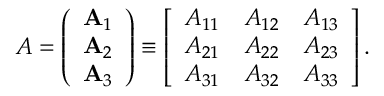
A = \left( \begin{array} { l } { \mathbf { A } _ { 1 } } \\ { \mathbf { A } _ { 2 } } \\ { \mathbf { A } _ { 3 } } \end{array} \right) \equiv \left[ \begin{array} { l l l } { A _ { 1 1 } } & { A _ { 1 2 } } & { A _ { 1 3 } } \\ { A _ { 2 1 } } & { A _ { 2 2 } } & { A _ { 2 3 } } \\ { A _ { 3 1 } } & { A _ { 3 2 } } & { A _ { 3 3 } } \end{array} \right] .